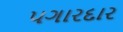
પગારદાર